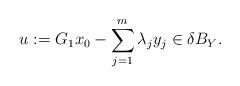
LaTeX: \begin{align*}u:= G_1 x_{0} - \sum_{j=1}^{m}{\lambda_{j} y_{j}} \in \delta B_{Y}.\end{align*}